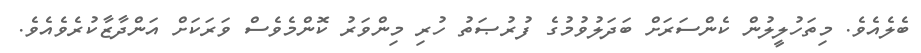
ބެލެއެވެ. މިތަހުލީލުން ކެންސަރަށް ބަދަލުވުމުގެ ފުރުޞަތު ހުރި މިންވަރު ކޮންމެވެސް ވަރަކަށް އަންދާޒާކުރެވެއެވެ.